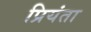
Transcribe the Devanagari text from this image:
प्रियंता